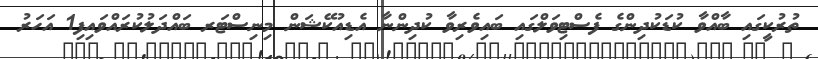
ތުރުކީގައި ބާއްވާ ކުޑަކުދިންގެ ފެސްޓިވަލްގައި ބައިވެރިވާ ކުދިންނާ އެޑިއުކޭޝަން މިނިސްޓަރ ބައްދަލުކުރައްވައިފި1 އަހަރު